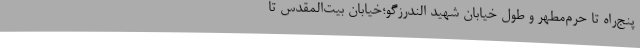
پنج‌راه تا حرم‌مطهر و طول خیابان شهید الندرزگو؛خیابان بیت‌المقدس تا